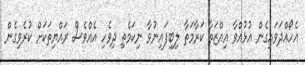
އެހޯއްދަވައިގެން އުޅުއްވާ އިއްޒަތާ ކަރާމަތާ ލިބިފައިނުވާ ނިކަމެތި ދިވެހި އެއްވެސް ރައްޔިތަކަށް ކުރެވިގެން